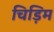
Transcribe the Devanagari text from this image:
चिड़िम